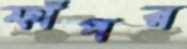
ফাঁপর